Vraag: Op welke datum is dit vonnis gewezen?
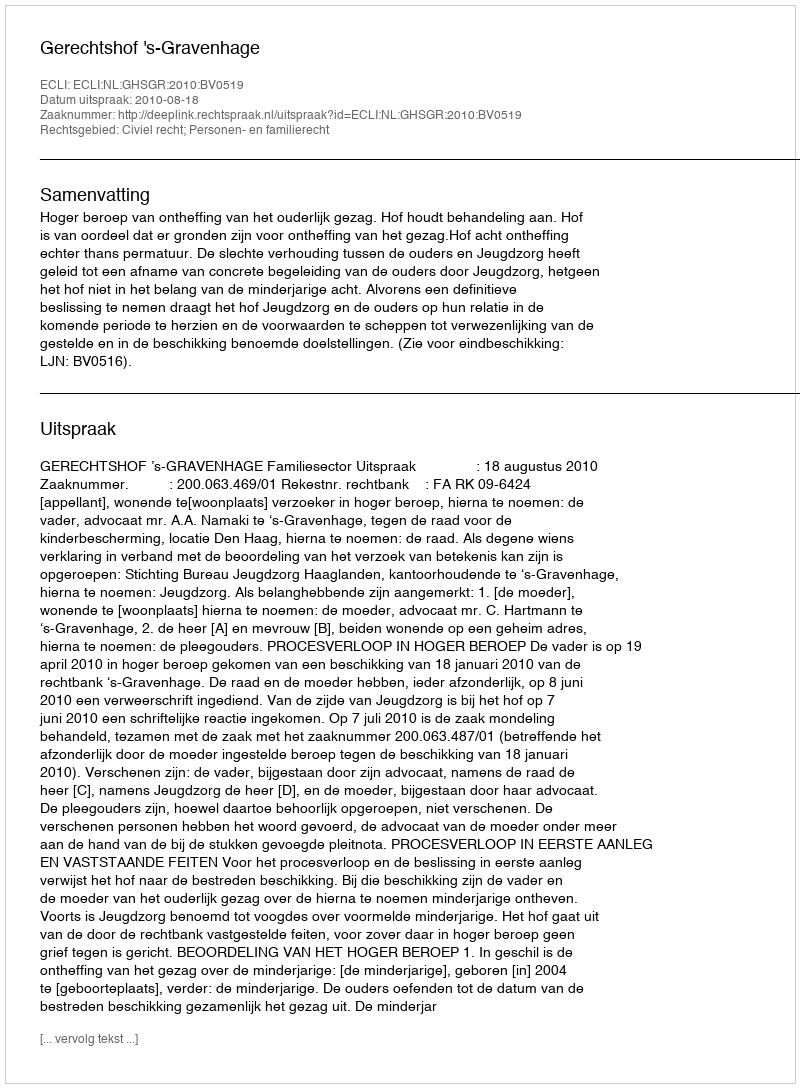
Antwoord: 2010-08-18